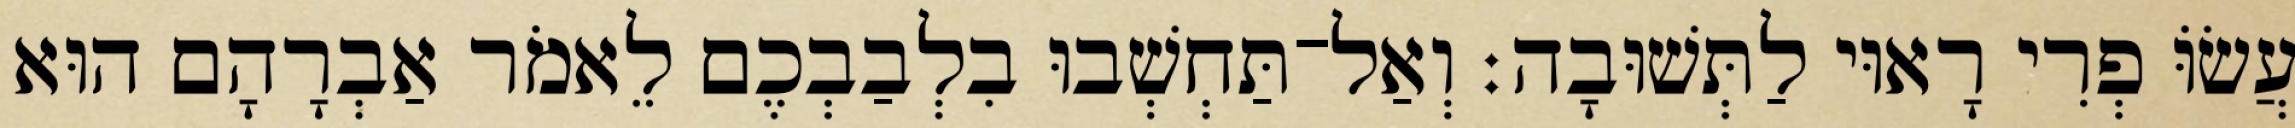
עֲשׂוֹּ פְרִי רָאוּי לַתְּשׁוּבָה׃ וְאַל־תַּחְשְׁבוּ בִלְבַבְכֶם לֵאמֹר אַבְרָהָם הוּא